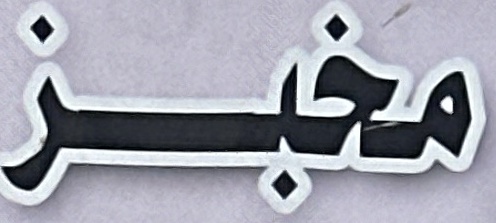
مخبز